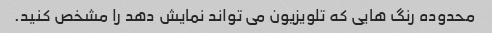
محدوده رنگ هایی که تلویزیون می تواند نمایش دهد را مشخص کنید.